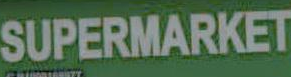
SUPERMARKET